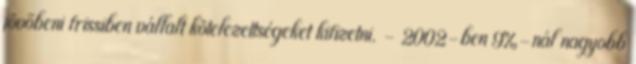
jövőbeni frissiben vállalt kötelezettségeket kifizetni. - 2002-ben 9%-nál nagyobb